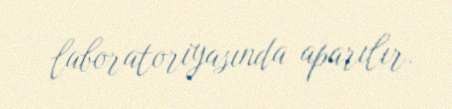
laboratoriyasında aparılır.